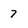
Character: 7